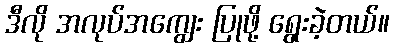
ဒီလို အလုပ်အကျွေး ပြုဖို့ ရွေးခဲ့တယ်။